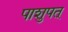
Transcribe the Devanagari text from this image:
पाशुपत्